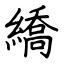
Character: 繑